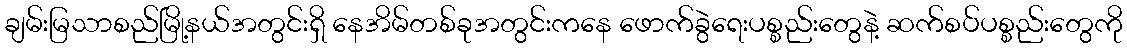
ချမ်းမြသာစည်မြို့နယ်အတွင်းရှိ နေအိမ်တစ်ခုအတွင်းကနေ ဖောက်ခွဲရေးပစ္စည်းတွေနဲ့ ဆက်စပ်ပစ္စည်းတွေကို